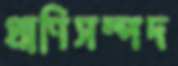
প্রাণিসম্পদ